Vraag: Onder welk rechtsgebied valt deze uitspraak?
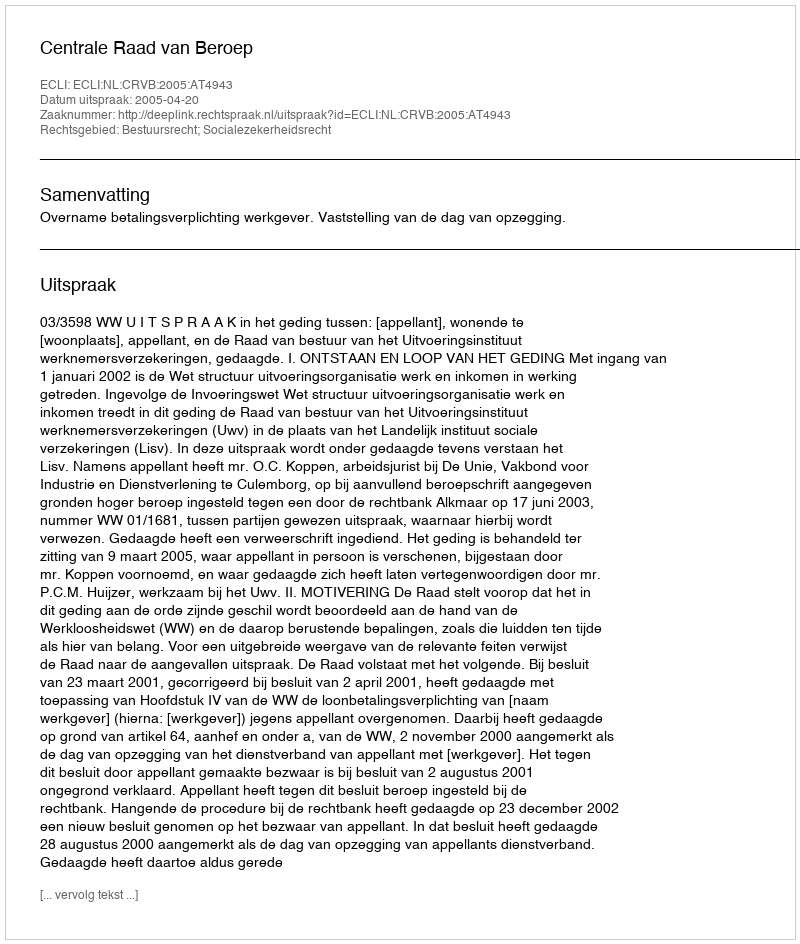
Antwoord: Bestuursrecht; Socialezekerheidsrecht